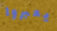
يعبروا